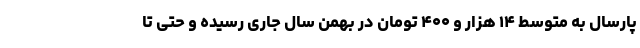
پارسال به متوسط ۱۴ هزار و ۴۰۰ تومان در بهمن سال جاری رسیده و حتی تا